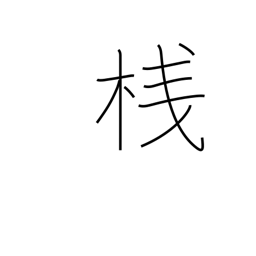
Meaning: cleat